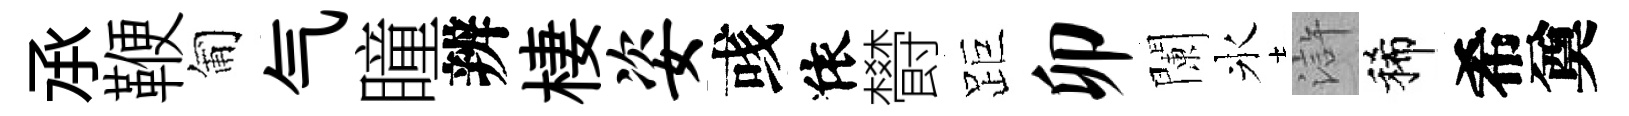
𠄘鞭匍气瞳辨棲姿彧依欎距卯闌氷滸稀希奠